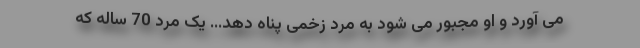
می آورد و او مجبور می شود به مرد زخمی پناه دهد... یک مرد 70 ساله که